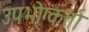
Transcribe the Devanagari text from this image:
उपभोग्कर्ता